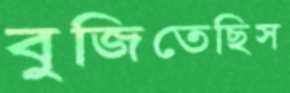
বুজিতেছিস